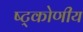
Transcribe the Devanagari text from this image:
ष्ट्कोणीय